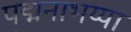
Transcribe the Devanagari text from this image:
पद्मनाभय्या